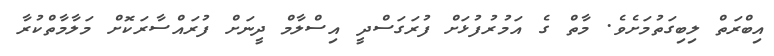
އިބްރަތް ލިބިގަތުމަށެވެ. މާތް ގެ އަމުރުފުޅަށް ފުރަގަސްދީ އިސްލާމް ދީނަށް ފުރައްސާރަކޮށް މަލާމާތްކުރާ